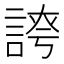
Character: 𧩊